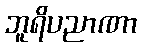
ဘူရိပညာဏာ